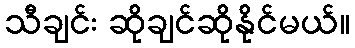
သီချင်း ဆိုချင်ဆိုနိုင်မယ်။